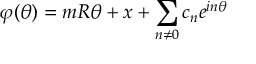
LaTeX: \varphi ( \theta ) = m R \theta + x + \sum _ { n \neq 0 } c _ { n } e ^ { i n \theta }